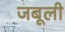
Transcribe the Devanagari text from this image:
जबूली